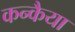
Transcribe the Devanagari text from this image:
कन्कैया